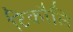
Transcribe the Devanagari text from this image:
टिकौलि